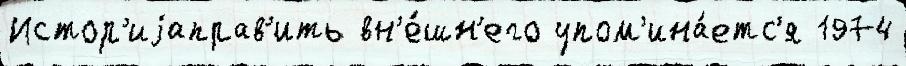
Истор'иjаправ'ить вн'е́шн'его упом'ина́етс'я 1974